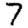
Digit: 7